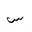
Letter: _sin